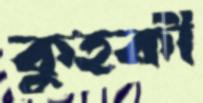
কুহকী